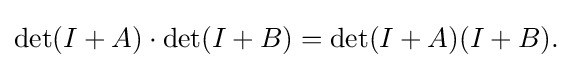
{\textstyle \det(I+A)\cdot \det(I+B)=\det(I+A)(I+B).}